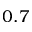
0 . 7